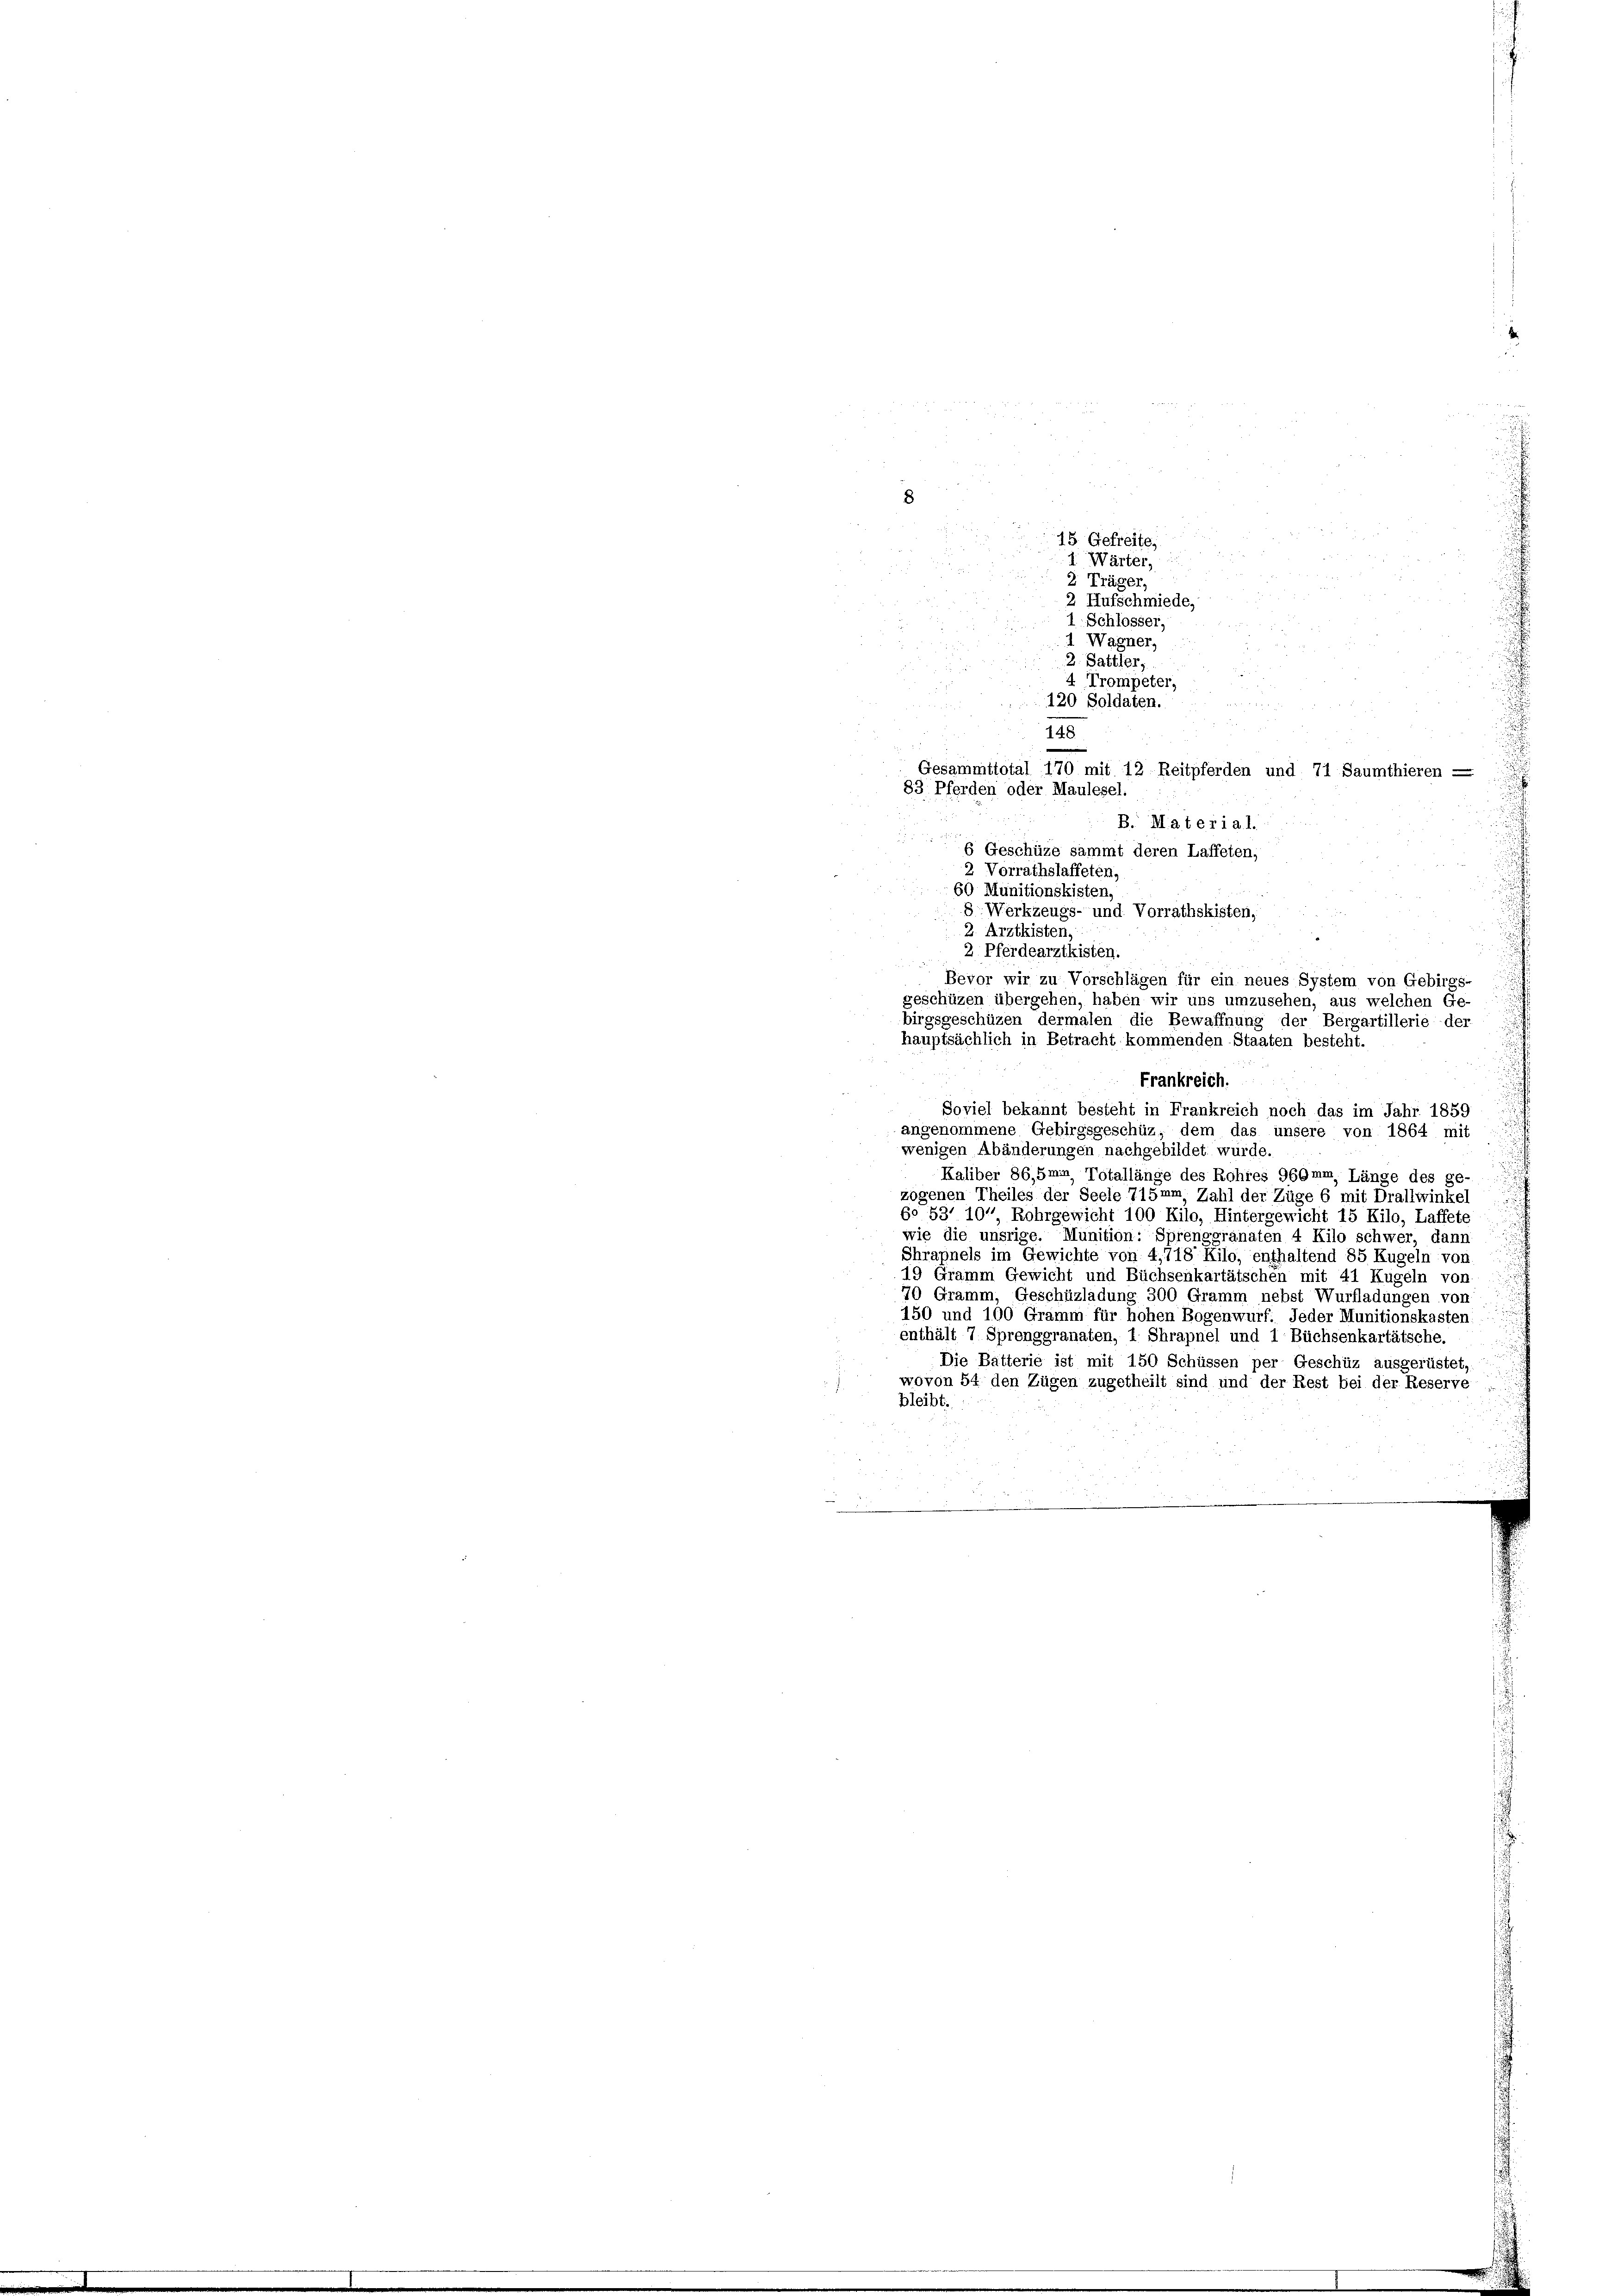
4. Wärter,
u
2 x 2 2
2 Träger,
2 Aufschmiede
1 Schlosser,
m 8 80
1 Wagner,
 f 24 x
2. Sattler,

Gesammttotal 170 mit 12 Reitpferden und 71 Saumthieren —
B. Material.

6 Geschüze sammt deren Laffeten,
2 Vorrathslaffeten.
60 Munitionskisten,
8. Werkzeugs- und Vorrathskisten,
2. Arztkisten,
2. Pferdearztkisten.
Bevor wir zu Vorschlägen für ein neues System von Gebirgs-
birgsgeschüzen dermalen die Bewaffnung der Bergartillerie der
hauptsächlich in Betracht kommenden Staaten besteht.
Frankreich.
Soviel bekannt besteht in Frankreich noch das im Jahr 1859
angenommene Gebirgsgeschüz, dem das unsere von 1864 mit
wenigen Abänderungen nachgebildet würde.
Kaliber 86,5mm Totallänge des Rohres 966mm, Länge des ge-
zogenen Theiles der Seele 715mm Zahl der Züge 6 mit Drallwinkel
6o 537 10° Rohrgewicht 100 Kilo, Hintergericht 15 Kilo, Laffete
wie die unsrige. Munition: Sprenggranaten 4 Kilo schwer, dann
Shrapnels im Gewichte von 4,718 Kilo, enthaltend 85 Kugeln von
19 Gramm Gewicht und Büchsenkartätschen mit 41 Kugeln von
70 Gramm, Geschüzladung 300 Gramm nebst Wurfladungen von
150 und 100 Gramm für hohen Bogenwurf. Jeder Munitionskasten
enthält 7 Sprenggranaten, 1 Shrapnel und 1 Büchsenkartätsche.
Die Batterie ist mit 150 Schüssen per Geschüz ausgerüstet,
wovon 54 den Zügen zugetheilt sind und der Rest bei der Reserve-
bleibt.

8

4 Trompeter,
120 Soldaten.
148
83 Pferden oder Maulegel.

,550

2
n

.
75 Gefreite

geschüzen übergehen, haben wir uns umzusehen, aus welchen Ge

i
nur in